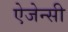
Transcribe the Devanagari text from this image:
ऐजेन्‍सी